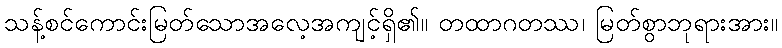
သန့်စင်ကောင်းမြတ်သောအလေ့အကျင့်ရှိ၏။ တထာဂတဿ၊ မြတ်စွာဘုရားအား။